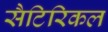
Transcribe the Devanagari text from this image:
सैटिरिकल